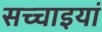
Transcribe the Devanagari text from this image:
सच्चाइयां